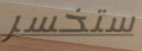
ستخسر